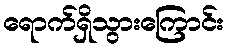
ရောက်ရှိသွားကြောင်း